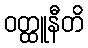
ဝတ္ထူနီတိ